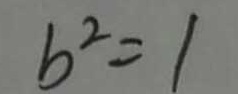
b ^ { 2 } = 1